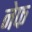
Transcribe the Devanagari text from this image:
नेफ